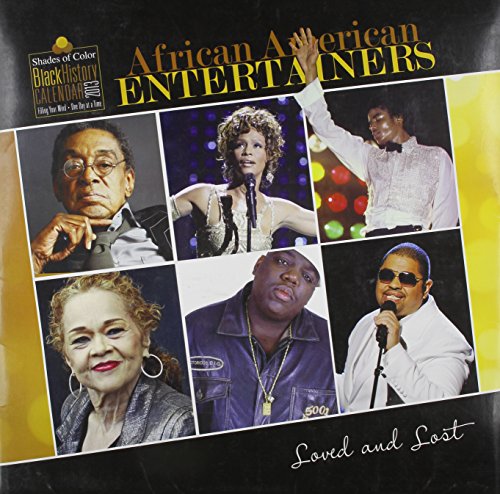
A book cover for African American Entertainers 2013 Calendar; Shades of Color; Calendars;